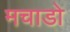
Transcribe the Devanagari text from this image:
मचाडो